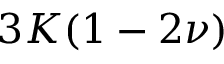
3 K ( 1 - 2 \nu )